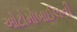
ઓટોમોબાઈલની